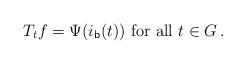
LaTeX: \begin{align*}T_tf= \Psi( i_{\mathsf{b}}(t)) \mbox{ for all } t \in G \,.\end{align*}